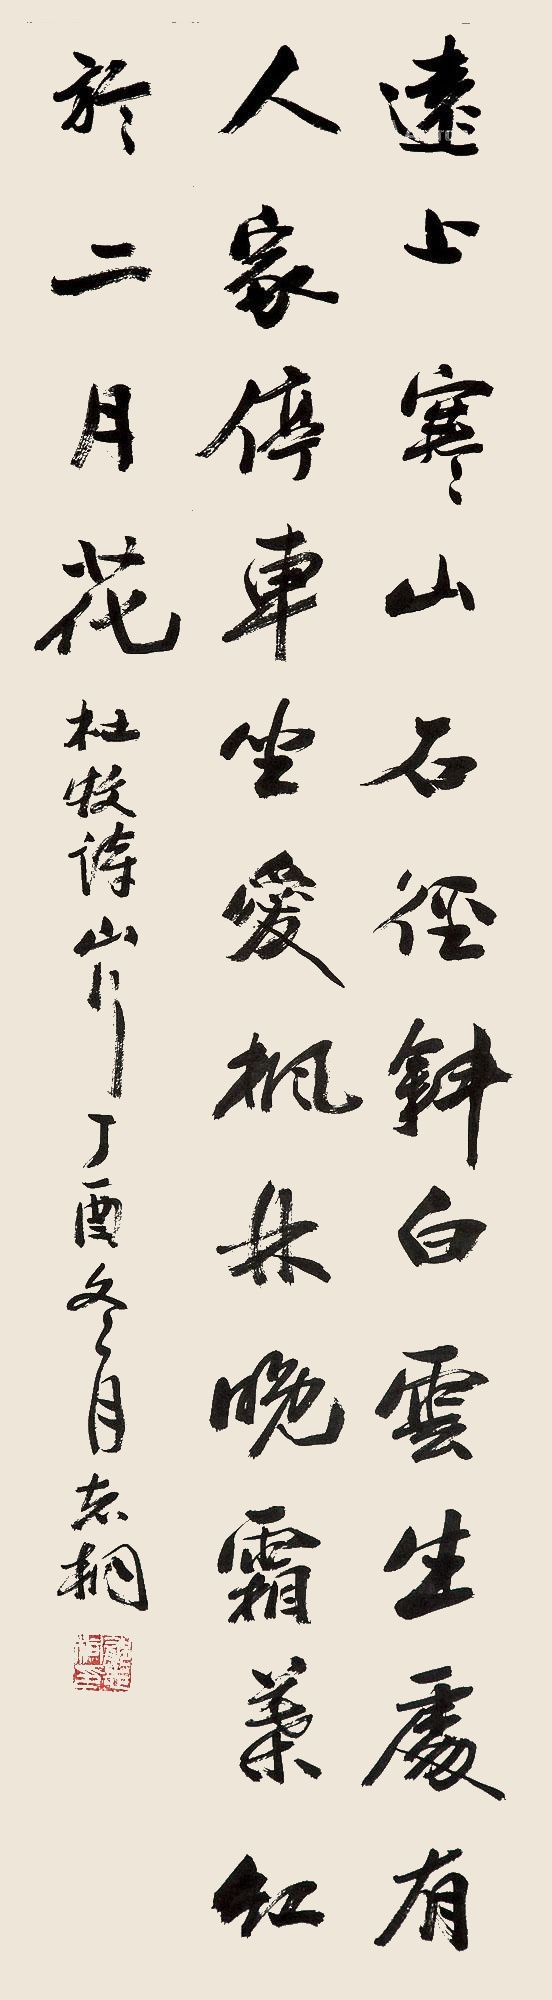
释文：远上寒山石径斜，白云深处有人家。停车坐爱枫林晚，霜叶红于二月花。杜牧诗山行丁酉冬月，志桐。